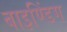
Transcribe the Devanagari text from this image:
बाइण्डिंग